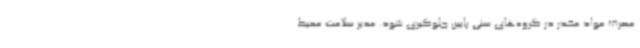
مصرف مواد مخدر در گروه‌های سنی پایین جلوگیری شود. مدیر سلامت محیط